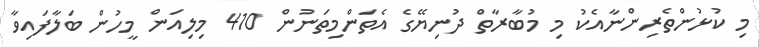
މި ކުޅުންތެރިންނާއެކު މި މުބާރާތް ދުނިޔޭގެ އެތަންމިތަނުން 410 މިލިއަން މީހުން ބަލާފައިވާ